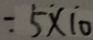
= 5 \dot { \times } \dot { 1 0 }